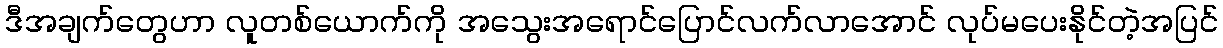
ဒီအချက်တွေဟာ လူတစ်ယောက်ကို အသွေးအရောင်ပြောင်လက်လာအောင် လုပ်မပေးနိုင်တဲ့အပြင်